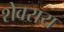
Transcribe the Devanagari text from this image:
शेवराय